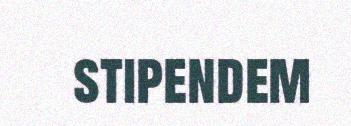
stipendem